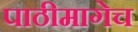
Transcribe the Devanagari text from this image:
पाठीमागेच